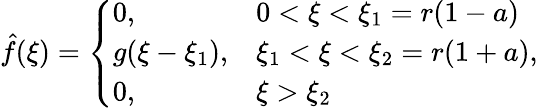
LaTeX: \hat{f}(\xi)=\left\{ \begin{array}{ll}{0,}&{0<\xi<\xi_{1}=r(1-a)}\\ {g(\xi-\xi_{1}),}&{\xi_{1}<\xi<\xi_{2}=r(1+a)}\\ {0,}&{\xi>\xi_{2}}\end{array}\right.,